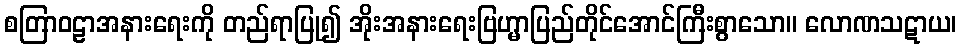
စတြာဝဠာအနားရေးကို တည်ရာပြု၍ အိုးအနားရေးဗြဟ္မာပြည်တိုင်အောင်ကြီးစွာသော။ လောဏသဋာယ၊